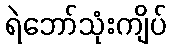
ရဲဘော်သုံးကျိပ်